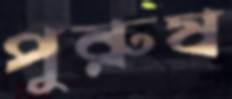
পুরুষ